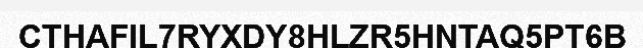
CTHAFIL7RYXDY8HLZR5HNTAQ5PT6B